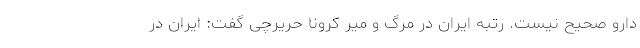
دارو صحیح نیست. رتبه ایران در مرگ و میر کرونا حریرچی گفت: ایران در